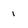
Character: 1